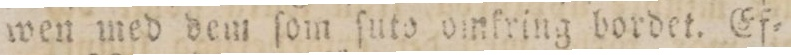
wen med dem ſom ſuto omfring bordet. Ef=